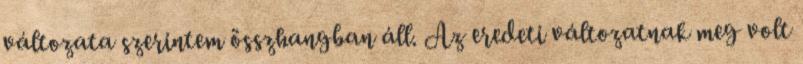
változata szerintem összhangban áll. Az eredeti változatnak meg volt